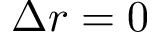
\Delta r = 0